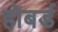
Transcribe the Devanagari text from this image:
होबर्ड